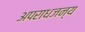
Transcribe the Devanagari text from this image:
अपराधजन्य